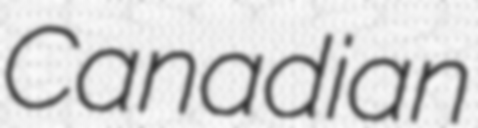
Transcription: Canadian